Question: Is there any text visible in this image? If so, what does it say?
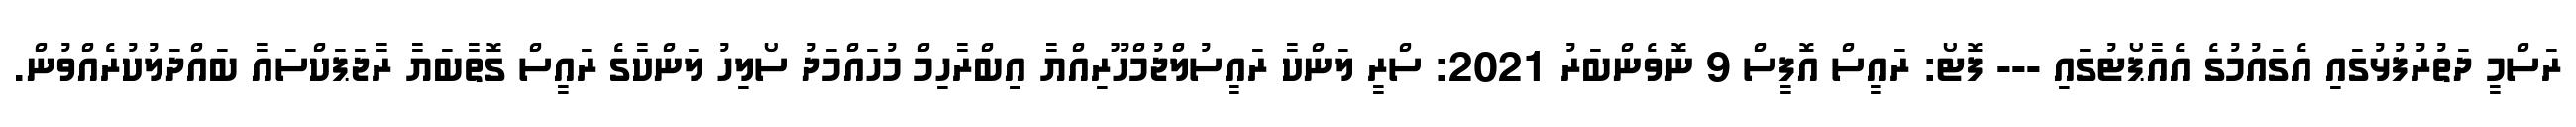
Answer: ރަސްމީ ދަތުރުފުޅުގައި އެގައުމުގެ އެއާޕޯޓުގައި --- ފޮޓޯ: ރައީސް އޮފީސް 9 ނޮވެންބަރު 2021: ސްރީ ލަންކާ ރައީސުލްޖުމްހޫރިއްޔާ އިބްރާހިމް މުހައްމަދު ސޯލިހު ލަންކާގެ ރައީސް ގޮތާބަޔާ ރާޖަޕަކްސައާ ބައްދަލުކުރެއްވުން.